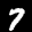
Label: 7